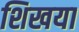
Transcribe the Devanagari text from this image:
शिखया